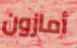
أمازون